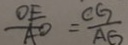
\frac { O E } { A O } = \frac { C G } { A G }